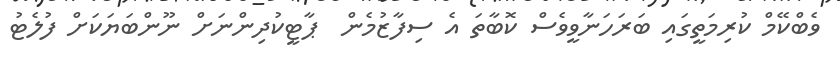
ވެބްކޭމް ކުރިމަތީގައި ބަރަހަނާވީވެސް ކޮބާތަ އެ ސިފާޒުމެން  ޕާޓީކުދިންނަށް ނޫންބަޔަކަށް ފުލެޓު